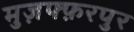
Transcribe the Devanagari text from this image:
मुज़फ्फ़रपुर